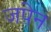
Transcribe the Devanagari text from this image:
जपेन